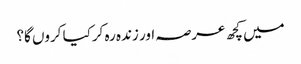
میں کچھ عرصہ اور زندہ رہ کرکیا کروں گا؟